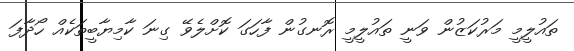
ތައުލީމީ މަރުކަޒުން ވަނީ ތައުލީމީ ރޮނގުން ފާހަގަ ކޮށްލެވޭ ގިނަ ކާމިޔާބީތަކެއް ހޯދާފަ